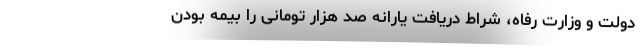
دولت و وزارت رفاه، شراط دریافت یارانه صد هزار تومانی را بیمه بودن